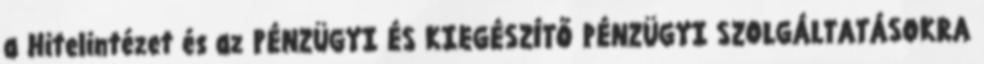
a Hitelintézet és az PÉNZÜGYI ÉS KIEGÉSZÍTŐ PÉNZÜGYI SZOLGÁLTATÁSOKRA